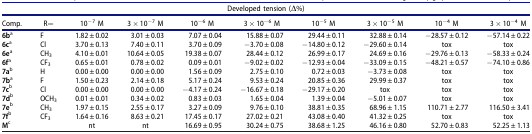
<table><thead><tr><td colspan="10"><b>Developed tension (Δ%)</b></td></tr><tr><td><b>Comp.</b></td><td><b>R=</b></td><td><b>10<sup>−7</sup> M</b></td><td><b>3 × 10<sup>−7</sup> M</b></td><td><b>10<sup>−6</sup> M</b></td><td><b>3 × 10<sup>−6</sup> M</b></td><td><b>10<sup>−5</sup> M</b></td><td><b>3 × 10<sup>−5</sup> M</b></td><td><b>10<sup>−4</sup> M</b></td><td><b>3 × 10<sup>−4</sup> M</b></td></tr></thead><tbody><tr><td><b>6b</b><sup>a</sup></td><td>F</td><td>1.82 ± 0.02</td><td>3.01 ± 0.03</td><td>7.07 ± 0.04</td><td>15.88 ± 0.07</td><td>29.44 ± 0.11</td><td>32.88 ± 0.14</td><td>−28.57 ± 0.12</td><td>−57.14 ± 0.22</td></tr><tr><td><b>6c</b><sup>a</sup></td><td>Cl</td><td>3.70 ± 0.13</td><td>7.40 ± 0.11</td><td>3.70 ± 0.09</td><td>−3.70 ± 0.08</td><td>−14.80 ± 0.12</td><td>−29.60 ± 0.14</td><td>tox</td><td>tox</td></tr><tr><td><b>6e</b><sup>a</sup></td><td>CH<sub>3</sub></td><td>4.10 ± 0.01</td><td>10.64 ± 0.05</td><td>19.38 ± 0.07</td><td>28.44 ± 0.12</td><td>26.99 ± 0.17</td><td>24.69 ± 0.16</td><td>−29.76 ± 0.13</td><td>−58.33 ± 0.24</td></tr><tr><td><b>6f</b><sup>a</sup></td><td>CF<sub>3</sub></td><td>0.65 ± 0.01</td><td>0.78 ± 0.02</td><td>0.09 ± 0.01</td><td>−9.02 ± 0.02</td><td>−12.93 ± 0.04</td><td>−33.09 ± 0.15</td><td>−48.21 ± 0.57</td><td>−74.10 ± 0.86</td></tr><tr><td><b>7a</b><sup>b</sup></td><td>H</td><td>0.00 ± 0.00</td><td>0.00 ± 0.00</td><td>1.56 ± 0.09</td><td>2.75 ± 0.10</td><td>0.72 ± 0.03</td><td>−3.73 ± 0.08</td><td>tox</td><td>tox</td></tr><tr><td><b>7b</b><sup>a</sup></td><td>F</td><td>1.50 ± 0.23</td><td>2.14 ± 0.18</td><td>5.17 ± 0.24</td><td>9.53 ± 0.24</td><td>20.85 ± 0.36</td><td>29.99 ± 0.37</td><td>tox</td><td>tox</td></tr><tr><td><b>7c</b><sup>b</sup></td><td>Cl</td><td>0.00 ± 0.00</td><td>0.00 ± 0.00</td><td>−4.17 ± 0.24</td><td>−16.67 ± 0.18</td><td>−29.17 ± 0.20</td><td>tox</td><td>tox</td><td>tox</td></tr><tr><td><b>7d</b><sup>b</sup></td><td>OCH<sub>3</sub></td><td>0.01 ± 0.01</td><td>0.34 ± 0.02</td><td>0.83 ± 0.03</td><td>1.65 ± 0.04</td><td>1.39 ± 0.04</td><td>−5.01 ± 0.07</td><td>tox</td><td>tox</td></tr><tr><td><b>7e</b><sup>b</sup></td><td>CH<sub>3</sub></td><td>1.97 ± 0.15</td><td>2.55 ± 0.17</td><td>3.27 ± 0.09</td><td>9.76 ± 0.10</td><td>38.81 ± 0.35</td><td>68.96 ± 1.15</td><td>110.71 ± 2.77</td><td>116.50 ± 3.41</td></tr><tr><td><b>7f</b><sup>b</sup></td><td>CF<sub>3</sub></td><td>1.64 ± 0.16</td><td>8.63 ± 0.21</td><td>17.45 ± 0.17</td><td>27.02 ± 0.21</td><td>43.08 ± 0.40</td><td>41.32 ± 0.25</td><td>tox</td><td>tox</td></tr><tr><td><b>M</b><sup>c</sup></td><td> </td><td>nt</td><td>nt</td><td>16.69 ± 0.95</td><td>30.24 ± 0.75</td><td>38.68 ± 1.25</td><td>46.16 ± 0.80</td><td>52.70 ± 0.83</td><td>52.25 ± 1.13</td></tr></tbody></table>